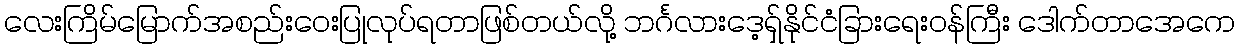
လေးကြိမ်မြောက်အစည်းဝေးပြုလုပ်ရတာဖြစ်တယ်လို့ ဘင်္ဂလားဒေ့ရှ်နိုင်ငံခြားရေးဝန်ကြီး ဒေါက်တာအေကေ